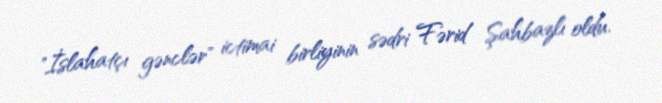
"İslahatçı gənclər" ictimai birliyinin sədri Fərid Şahbazlı oldu.